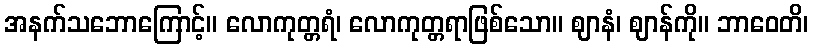
အနက်သဘောကြောင့်။ လောကုတ္တရံ၊ လောကုတ္တရာဖြစ်သော။ ဈာနံ၊ ဈာန်ကို။ ဘာဝေတိ၊